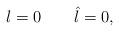
LaTeX: \begin{align*}l=0\quad\quad\hat{l}=0,\end{align*}